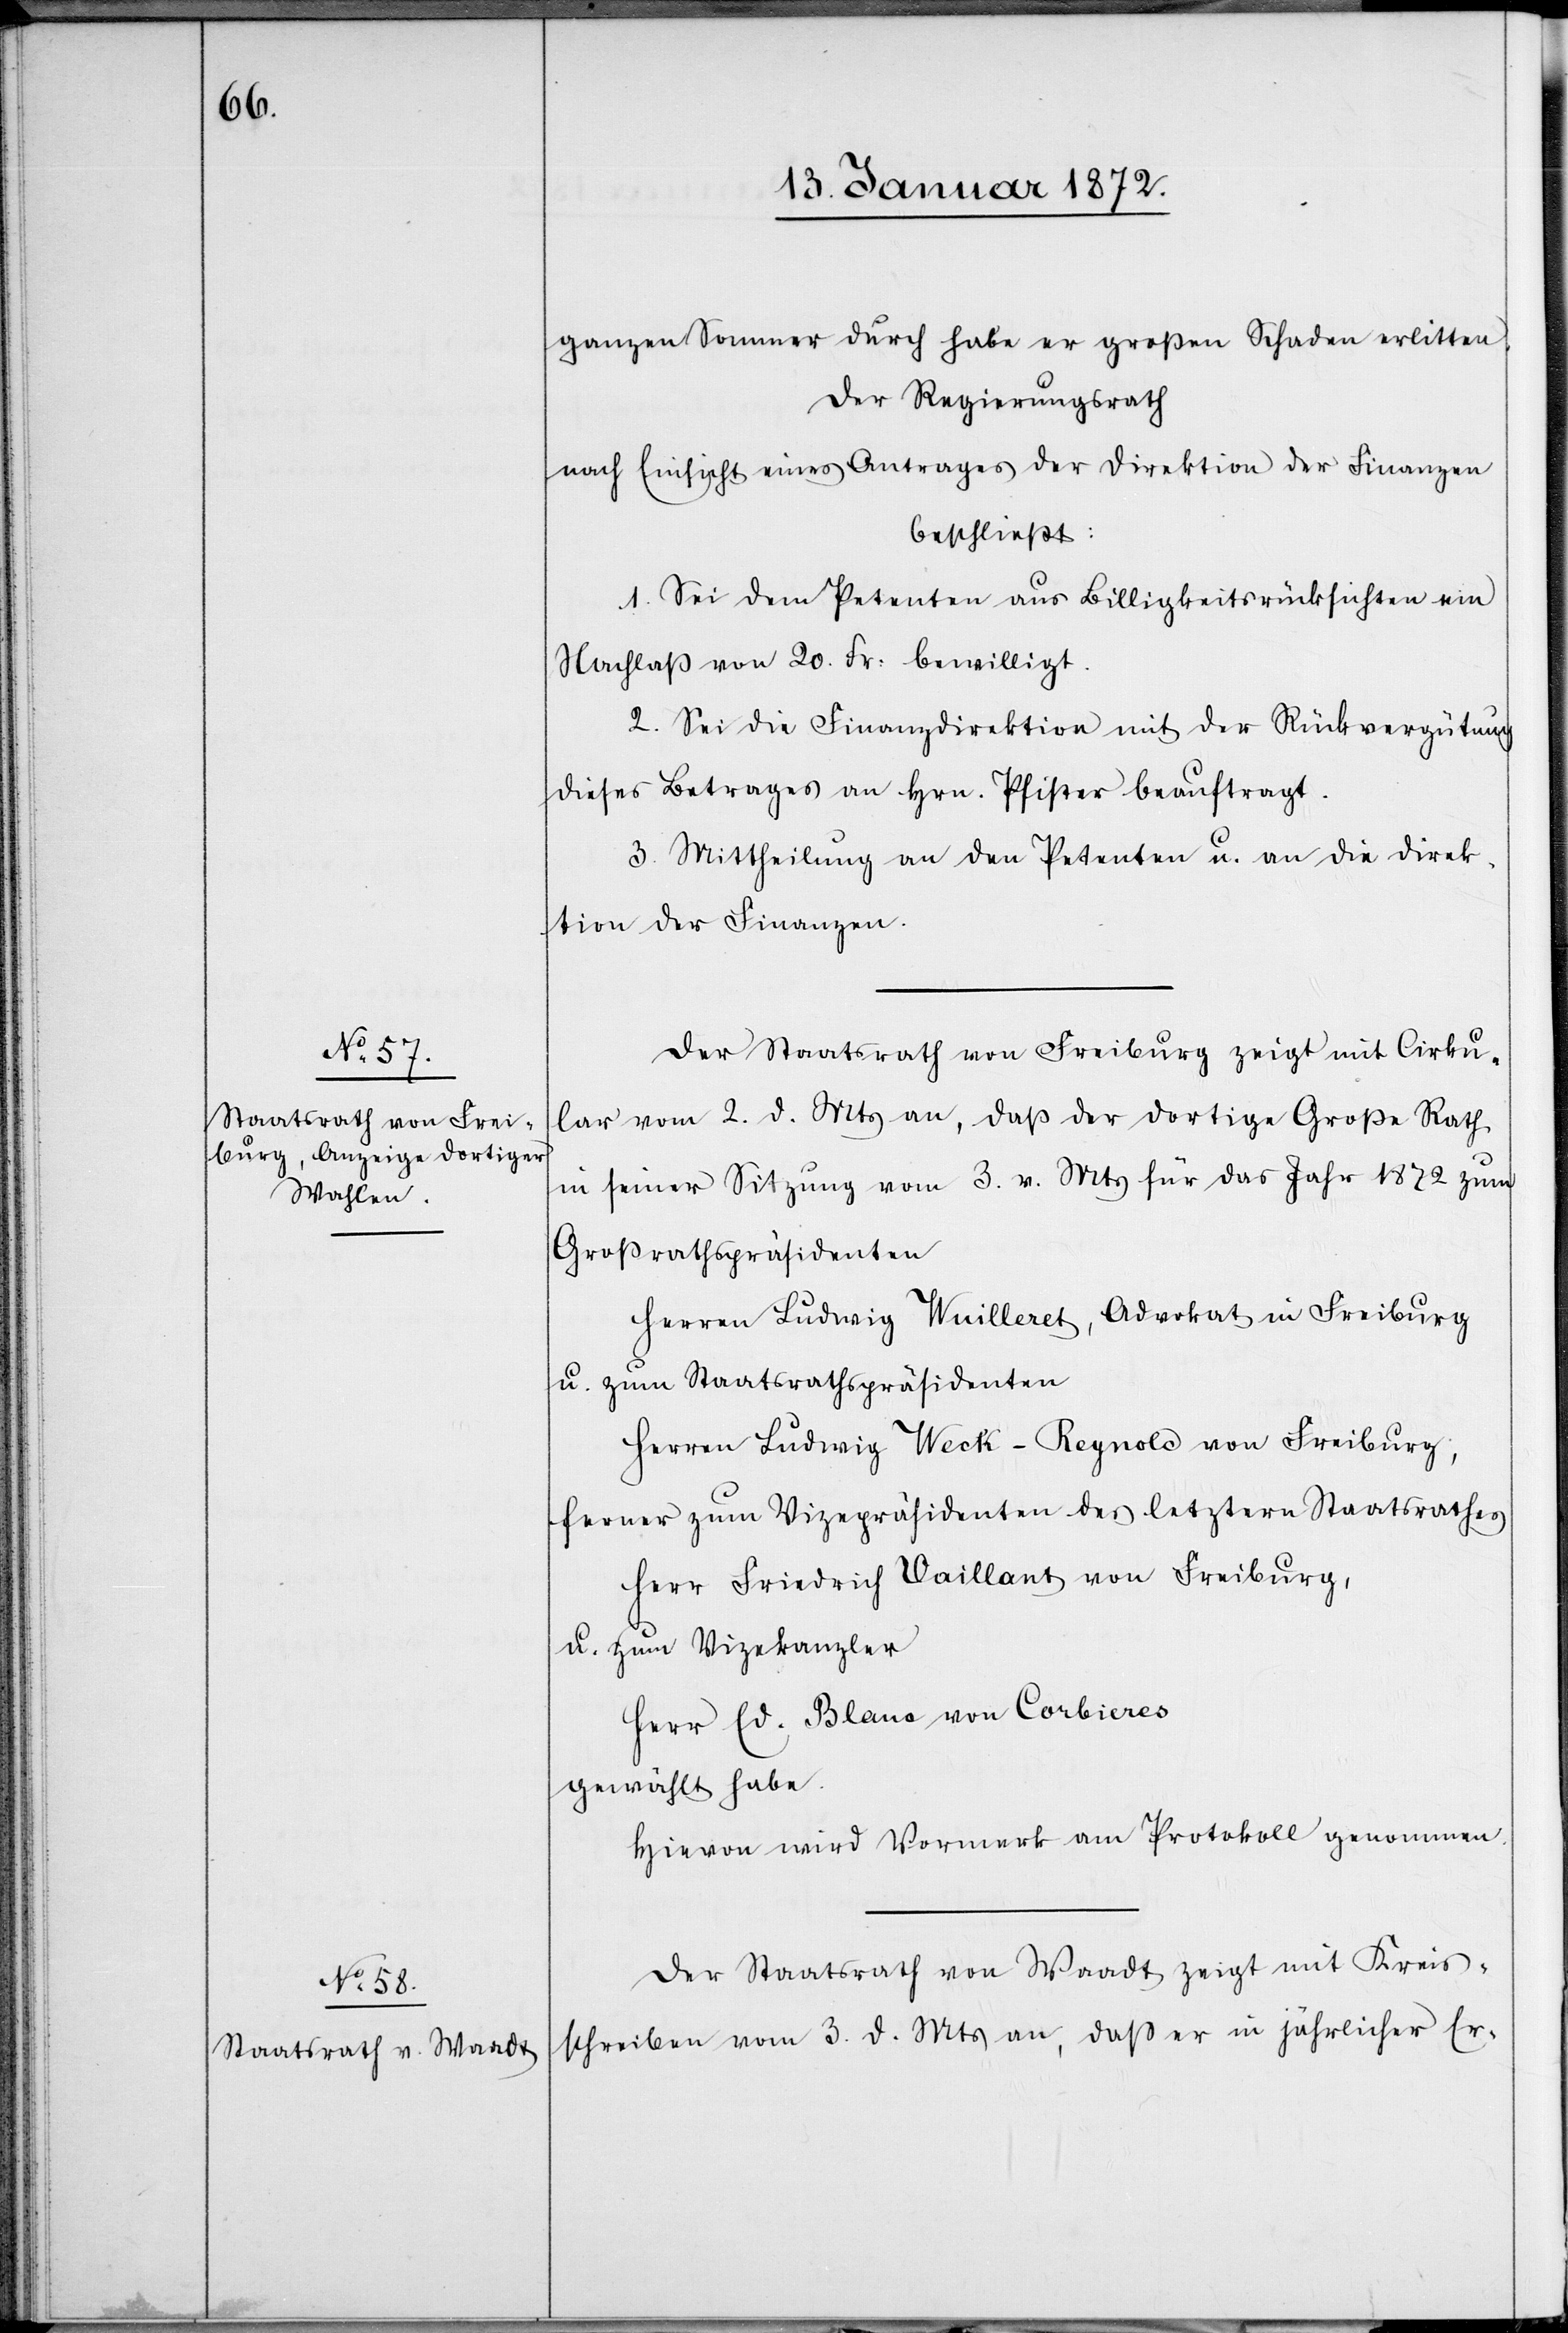
ganzen Sommer durch habe er großen Schaden erlitten.
Der Regierungsrath
nach Einsicht eines Antrages der Direktion der Finanzen
beschließt:
1. Sei dem Petenten aus Billigkeitsrücksichten ein
Nachlass von 20. Fr. bewilligt.
2. Sei die Finanzdirektion mit der Rückvergütung
dieses Betrages an Hrn. Pfister beauftragt.
3. Mittheilung an den Petenten u. an die Direk¬
tion der Finanzen.
Der Staatsrath von Freiburg zeigt mit Cirku¬
lar vom 2. d. Mts an, daß der dortige Große Rath
in seiner Sitzung vom 3. v. Mts für das Jahr 1872 zum
Großrathspräsidenten
Herren Ludwig Wuilleret, Advokat in Freiburg
u. zum Staatsrathspräsidenten
Herren Ludwig Weck-Reynold von Freiburg;
ferner zum Vizepräsidenten des letztern Staatsrathes
Herr Friedrich Vaillant von Freiburg,
u. zum Vizekanzler
Herr Ed. Blanc von Corbieres
gewählt habe.
Hievon wird Vormerk am Protokoll genommen.
Der Staatsrath von Waadt zeigt mit Kreis¬
schreiben vom 3. d. Mts an, daß er in jährlicher Er-